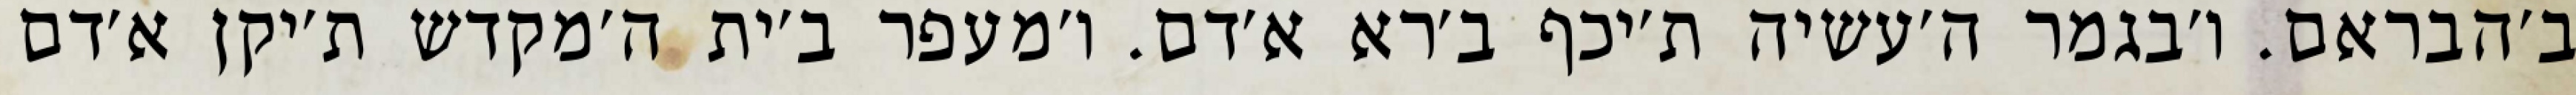
ב׳הבראם. ו׳בגמר ה׳עשיה ת׳יכף ב׳רא א׳דם. ו׳מעפר ב׳ית ה׳מקדש ת׳יקן א׳דם